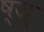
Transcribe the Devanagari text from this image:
ष्ज्